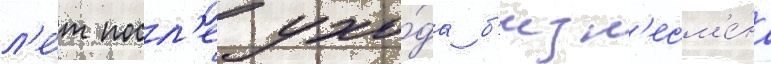
л'е́т посл'е ухо́да б'изн'есм'е́на